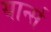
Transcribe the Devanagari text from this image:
यार्न्स